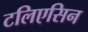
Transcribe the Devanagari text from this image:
टलिएसिन